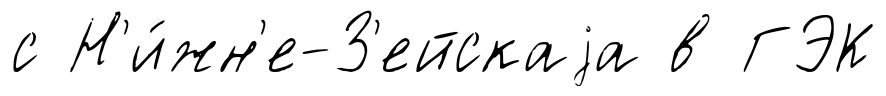
с Н'и́жн'е-З'ейскаjа в ГЭК